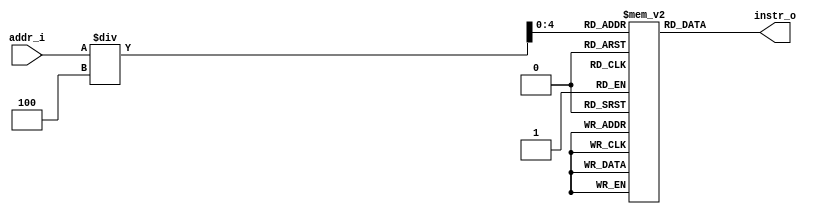
// 109550018 

`timescale 1ns / 1ps

module Instruction_Memory(
    addr_i,
    instr_o
    );

// Interface
input   [31:0]  addr_i;
output  [31:0]  instr_o;

// Instruction File
reg     [31:0]  instruction_file    [0:31];

assign  instr_o = instruction_file[addr_i / 4];  

endmodule